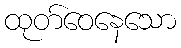
ထုတ်ဝေနေသော